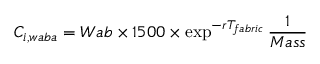
C _ { i , w a b a } = W a b \times 1 5 0 0 \times \exp ^ { - r T _ { f a b r i c } } \frac { 1 } { M a s s }